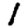
Digit: 1